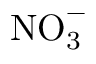
\mathrm { N O } _ { 3 } ^ { - }